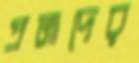
প্রমাদের